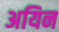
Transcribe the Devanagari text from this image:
अयिन